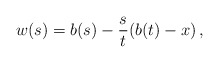
\begin{align*}w(s) = b(s) -\frac{s}{t}(b(t) - x)\,, \end{align*}